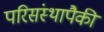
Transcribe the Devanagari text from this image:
परिसंस्थापैकी